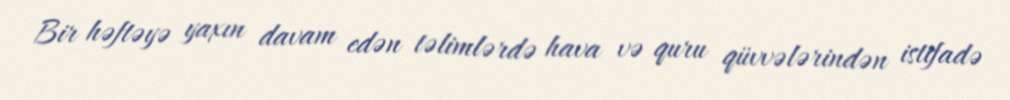
Bir həftəyə yaxın davam edən təlimlərdə hava və quru qüvvələrindən istifadə